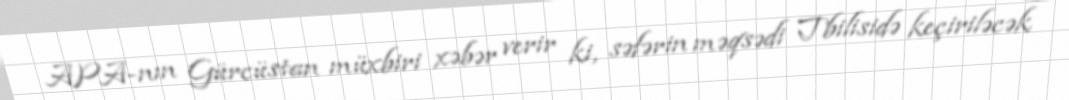
APA-nın Gürcüstan müxbiri xəbər verir ki, səfərin məqsədi Tbilisidə keçiriləcək